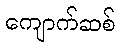
ကျောက်ဆစ်